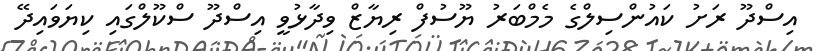
އިސްދޫ ރަށު ކައުންސިލްގެ މެމްބަރު ޔޫސުފް ރިޔާޒް ވިދާޅުވީ އިސްދޫ ސްކޫލްގައި ކިޔަވައިދޭ